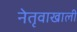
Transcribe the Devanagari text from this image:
नेतृवाखाली